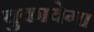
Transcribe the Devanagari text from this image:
चुकायेगा